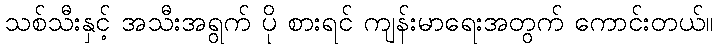
သစ်သီးနှင့် အသီးအရွက် ပို စားရင် ကျန်းမာရေးအတွက် ကောင်းတယ်။